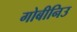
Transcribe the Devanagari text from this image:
गोबीनिउ